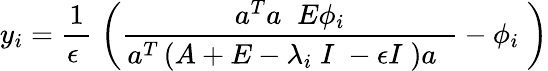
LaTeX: y_{i}=\frac{1}{\epsilon\; }\; \left(\frac{a^{T}a\; \; E\phi_{i}}{a^{T}\left(A+E-\lambda_{i\; }I\; -\epsilon I\; \right)a\; \; }-\phi_{i\; }\right)